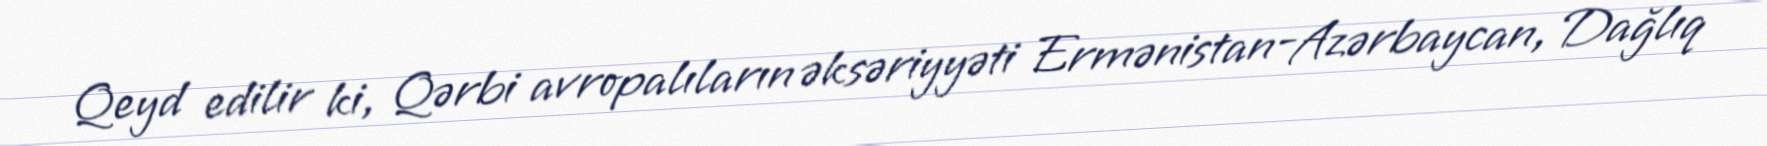
Qeyd edilir ki, Qərbi avropalıların əksəriyyəti Ermənistan-Azərbaycan, Dağlıq